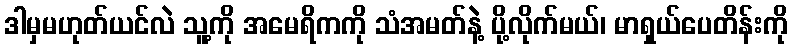
ဒါမှမဟုတ်ယင်လဲ သူ့ကို အမေရိကကို သံအမတ်နဲ့ ပို့လိုက်မယ်၊ မာရှယ်ပေတိန်းကို